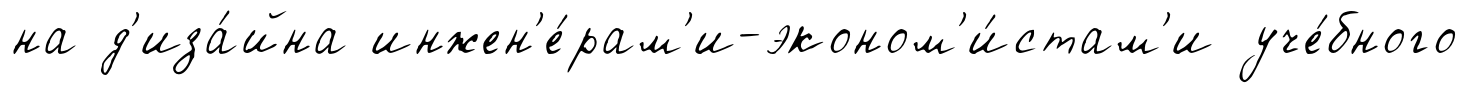
на д'иза́йна инжен'е́рам'и-эконом'и́стам'и уче́бного